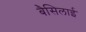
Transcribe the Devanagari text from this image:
बैसिलाई